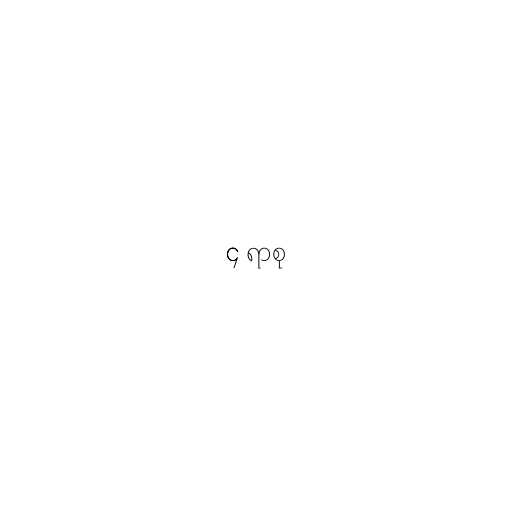
၄ ရာစု